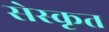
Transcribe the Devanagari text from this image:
सेस्कृत